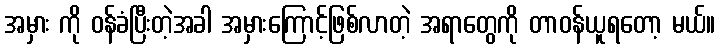
အမှား ကို ဝန်ခံပြီးတဲ့အခါ အမှားကြောင့်ဖြစ်လာတဲ့ အရာတွေကို တာဝန်ယူရတော့ မယ်။